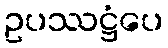
ဥပဿဋ္ဌံပေ